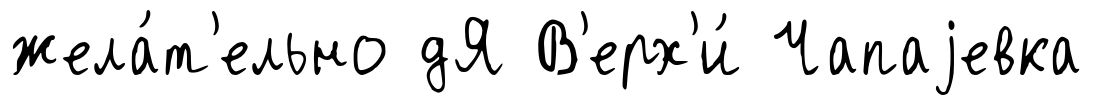
жела́т'ельно дЯ В'ерх'и́ Чапаjевка